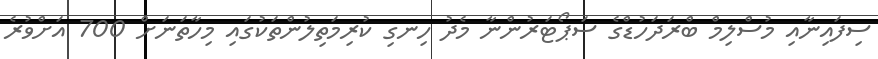
ސިފައިނާއި މުސްލިމް ބްރަދަހުޑްގެ ސަޕޯޓަރުންނާ މެދު ހިނގި ކުރިމަތިލުންތަކުގައި މިހާތަނަށް 700 އަށްވުރެ